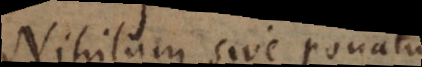
Nihilum sive ponatur